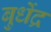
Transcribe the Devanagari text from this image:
बुधेंद्र